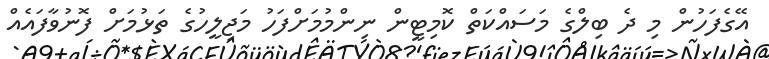
އޭގެފަހުން މި ދެ ބިލްގެ މަސައްކަތް ކޮމިޓީން ނިންމުމަށްފަހު މަޖިލީހުގެ ތަޅުމަށް ފޮނުވާފައެއް